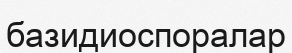
базидиоспоралар